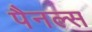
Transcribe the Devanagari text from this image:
पैनल्स